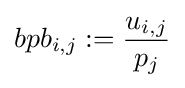
bpb_{i,j}:={\frac {u_{i,j}}{p_{j}}}